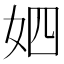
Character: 𱙌